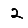
Digit: 2